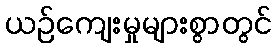
ယဉ်ကျေးမှုများစွာတွင်